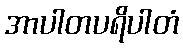
အာပါတပရိပါတံ